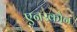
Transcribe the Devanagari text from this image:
एनरकौन